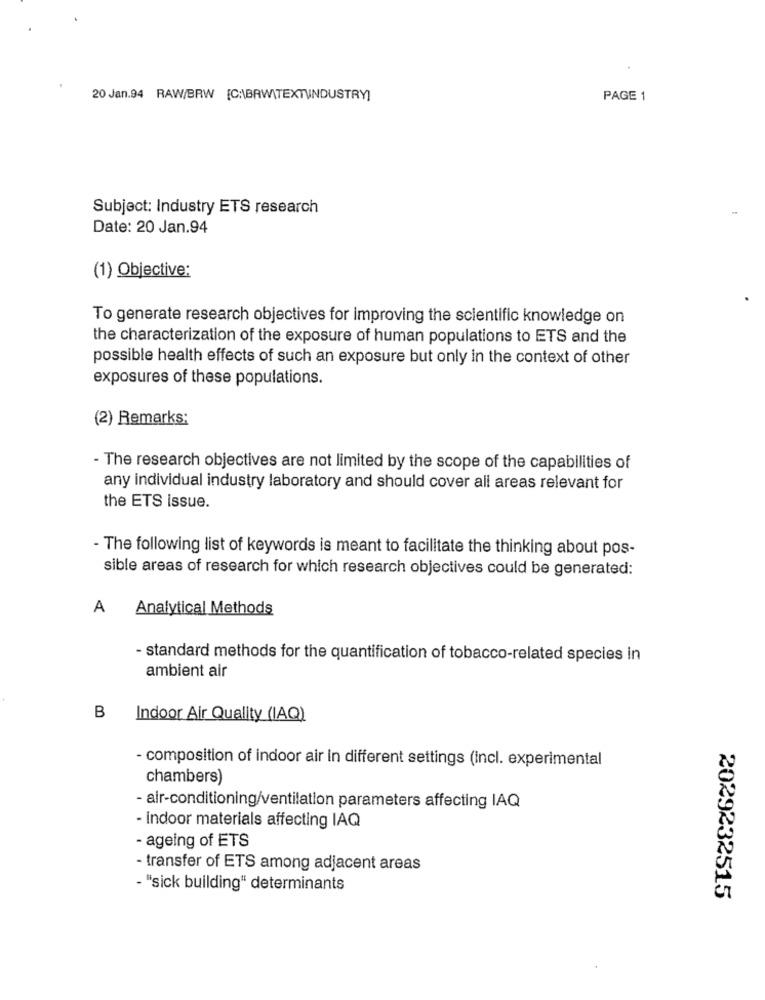
20 Jan.94 RAW/BRW [C:\BRW\TEXTUINDUSTRY]
PAGE 1
Subject: Industry ETS research
Date: 20 Jan.94
(1) Objective:
To generate research objectives for improving the scientific knowledge on
the characterization of the exposure of human populations to ETS and the
possible health effects of such an exposure but only in the context of other
exposures of these populations.
(2) Remarks:
- The research objectives are not limited by the scope of the capabilities of
any individual industry laboratory and should cover all areas relevant for
the ETS issue.
- The following list of keywords is meant to facilitate the thinking about pos-
sible areas of research for which research objectives could be generated:
A
Analytical Methods
- standard methods for the quantification of tobacco-related species in
ambient air
B
Indoor Air Quality (IAQ)
- composition of indoor air in different settings (incl. experimental
chambers)
- air-conditioning/ventilation parameters affecting IAQ
- indoor materials affecting IAQ
- ageing of ETS
- transfer of ETS among adjacent areas
- "sick building" determinants
2029232515